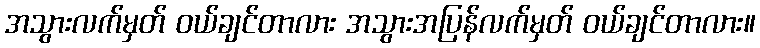
အသွားလက်မှတ် ဝယ်ချင်တာလား အသွားအပြန်လက်မှတ် ဝယ်ချင်တာလား။